Indian journal of veterinary science and animal husbandry - Volume 3,
Year: 1933
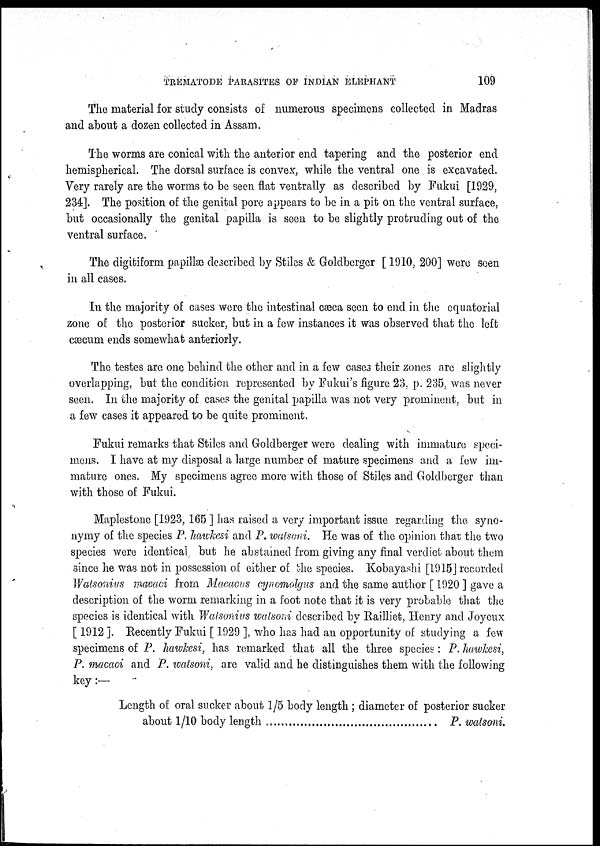
TREMATODE PARASITES OF INDIAN ELEPHANT
109
The material for study consists of numerous specimens collected in Madras
and about a dozen collected in Assam.
The worms are conical with the anterior end tapering and the posterior end
hemispherical. The dorsal surface is convex, while the ventral one is excavated.
Very rarely are the worms to be seen flat ventrally as described by Fukui [1929,
234]. The position of the genital pore appears to be in a pit on the ventral surface,
but occasionally the genital papilla is seen to be slightly protruding out of the
ventral surface.
The digitiform papillæ described by Stiles & Goldberger [ 1910, 200] were seen
in all cases.
In the majority of cases were the intestinal cæca seen to end in the equatorial
zone of the posterior sucker, but in a few instances it was observed that the left
cæcum ends somewhat anteriorly.
The testes are one behind the other and in a few cases their zones are slightly
overlapping, but the condition represented by Fukui's figure 23, p. 235, was never
seen. In the majority of cases the genital papilla was not very prominent, but in
a few cases it appeared to be quite prominent.
Fukui remarks that Stiles and Goldberger were dealing with immature speci-
mens. I have at my disposal a large number of mature specimens and a few im-
mature ones. My specimens agree more with those of Stiles and Goldberger than
with those of Fukui.
Maplestone [1923, 165 ] has raised a very important issue regarding the syno-
nymy of the species P. hawkesi and P. watsoni. He was of the opinion that the two
species were identical but he abstained from giving any final verdict about them
since he was not in possession of either of the species. Kobayashi [1915] recorded
Watsonius macaci from Macacus cynomolgus and the same author [ 1920 ] gave a
description of the worm remarking in a foot note that it is very probable that the
species is identical with Watsonius watsoni described by Railliet, Henry and Joycux
[ 1912 ]. Recently Fukui [ 1929 ], who has had an opportunity of studying a few
specimens of P. hawkesi, has remarked that all the three species: P. hawkesi,
P. macaci and P. watsoni, are valid and he distinguishes them with the following
key :—
Length of oral sucker about 1/5 body length ; diameter of posterior sucker
about 1/10 body length
.
P. watsoni.